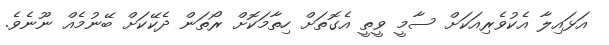
އަޅައިލާ އެކުވެރިއަކަށް ސާމީ ވީތީ އެގޮތަށް ހިތާމަކޮށް ރޯތަން ދެކޭކަށް ބޭނުމެއް ނޫނެވެ.